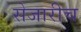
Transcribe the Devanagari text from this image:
सेजारीच